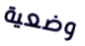
وضعية